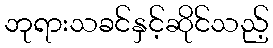
ဘုရားသခင်နှင့်ဆိုင်သည့်